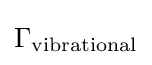
\Gamma _{\text{vibrational}}